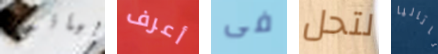
بيانو أعرف فى لتحل ناتاليا